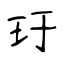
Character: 玗